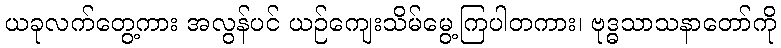
ယခုလက်တွေ့ကား အလွန်ပင် ယဉ်ကျေးသိမ်မွေ့ကြပါတကား၊ ဗုဒ္ဓသာသနာတော်ကို